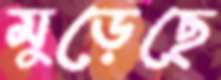
মুড়েছে